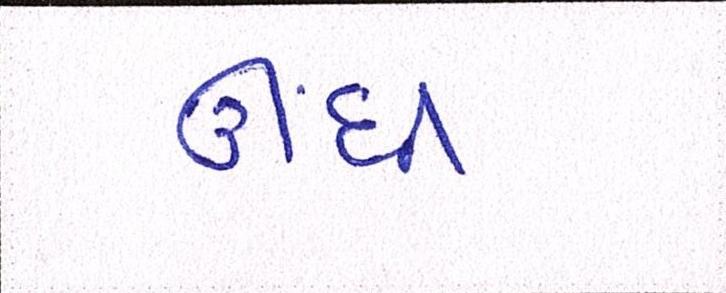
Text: ઊંધી